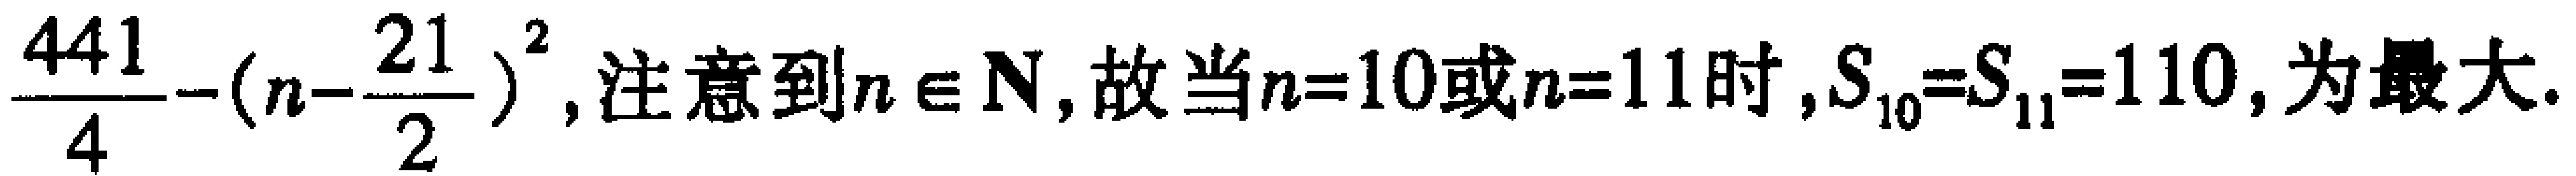
$\frac{441}{4}-(n - \frac{21}{2})^2$, 注意到$n \in \mathbf{N}$, 故当$n = 10$或$n = 11$时,$S_{10}=S_{11}=110$, 为最大.